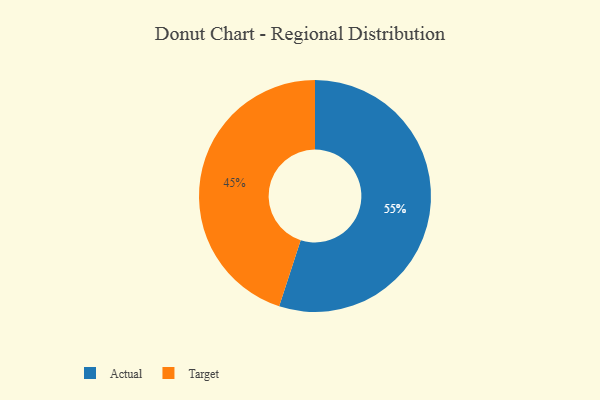
{"axis": {"x": "Category", "y": "Percentage"}, "legend": ["Actual", "Target"], "data": [{"x": "Actual", "y": 55, "type": "Actual"}, {"x": "Target", "y": 45, "type": "Target"}]}